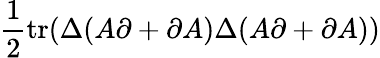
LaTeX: \frac{1}{2}\mathrm{tr}(\Delta(A\partial+\partial A)\Delta(A\partial+\partial A))